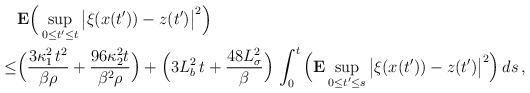
LaTeX: \begin{align*} &\mathbf{E}\Big(\sup_{0 \le t' \le t}\big|\xi(x(t')) - z(t')\big|^2\Big) \\ \le & \Big(\frac{3\kappa_1^2\,t^2}{\beta \rho} + \frac{96\kappa_2^2 t}{\beta^2 \rho}\Big) +\Big(3L_b^2\,t+ \frac{48L_\sigma^2}{\beta}\Big) \, \int_0^t \Big(\mathbf{E}\sup_{0 \le t' \le s} \big|\xi(x(t')) - z(t')\big|^2\Big)\,ds\,, \end{align*}